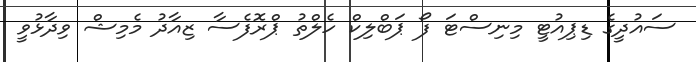
ސައުދީގެ ޑިޕިއުޓީ މިނިސްޓަ ފޯ ޕަބްލިކް ހެލްތު ޕްރޮފެސާ ޒިއާދު މެމިޝް ވިދާޅުވީ